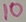
Text: 10